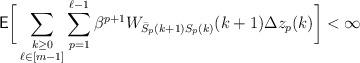
LaTeX: \begin{align*} &\mathsf{E}\bigg[\sum_{\substack{k\geq 0\\\ell \in [m-1]}}\sum_{p=1}^{\ell-1}{\beta^{p+1}W_{\bar{S}_p(k+1){S}_p(k)}(k+1)} \Delta z_p(k)\bigg]<\infty \end{align*}